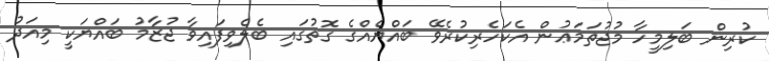
ކުރިން ބަލިމީހާ މުޖުތަމަޢުން އެކަހެރިކުރެވޭ ބައްޔެއްގެ ގޮތުގައި ބެލެވިފައިވާ ޖުޒާމު ބައްޔަކީ މިއަދު